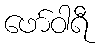
ဖော်ဝါရီ